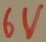
Text: 6V